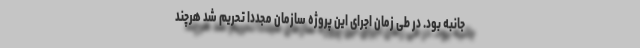
‌جانبه بود. در طی زمان اجرای این پروژه سازمان مجدداً تحریم شد هرچند